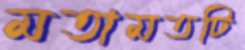
মতামতটি